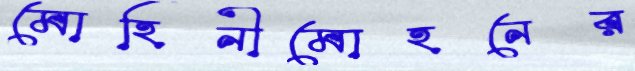
মোহিনীমোহনের